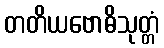
တတိယဗောဓိသုတ္တံ